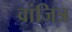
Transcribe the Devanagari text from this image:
वांजित्र